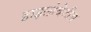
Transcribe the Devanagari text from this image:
हाइलोबेटीस